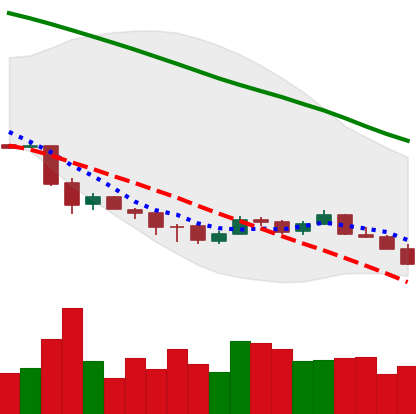
Ticker: ETC-USD
Chart end date: 2018-12-06
Forward return: 6.464%
Label: up_5_7